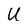
Character: U